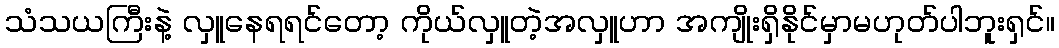
သံသယကြီးနဲ့ လှူနေရရင်တော့ ကိုယ်လှူတဲ့အလှူဟာ အကျိုးရှိနိုင်မှာမဟုတ်ပါဘူးရှင်။